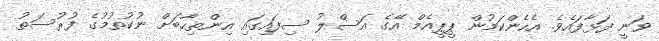
ވަނީ ފަޅާފައެވެ. އެހެންކަމުން ޕީޕީއެމް އޭގެ އަސްލު ސިފައިގައި އިންތިހާބަށް ނުކުތުމުގެ ފުރުސަތު